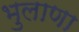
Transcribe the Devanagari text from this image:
भुलाणा